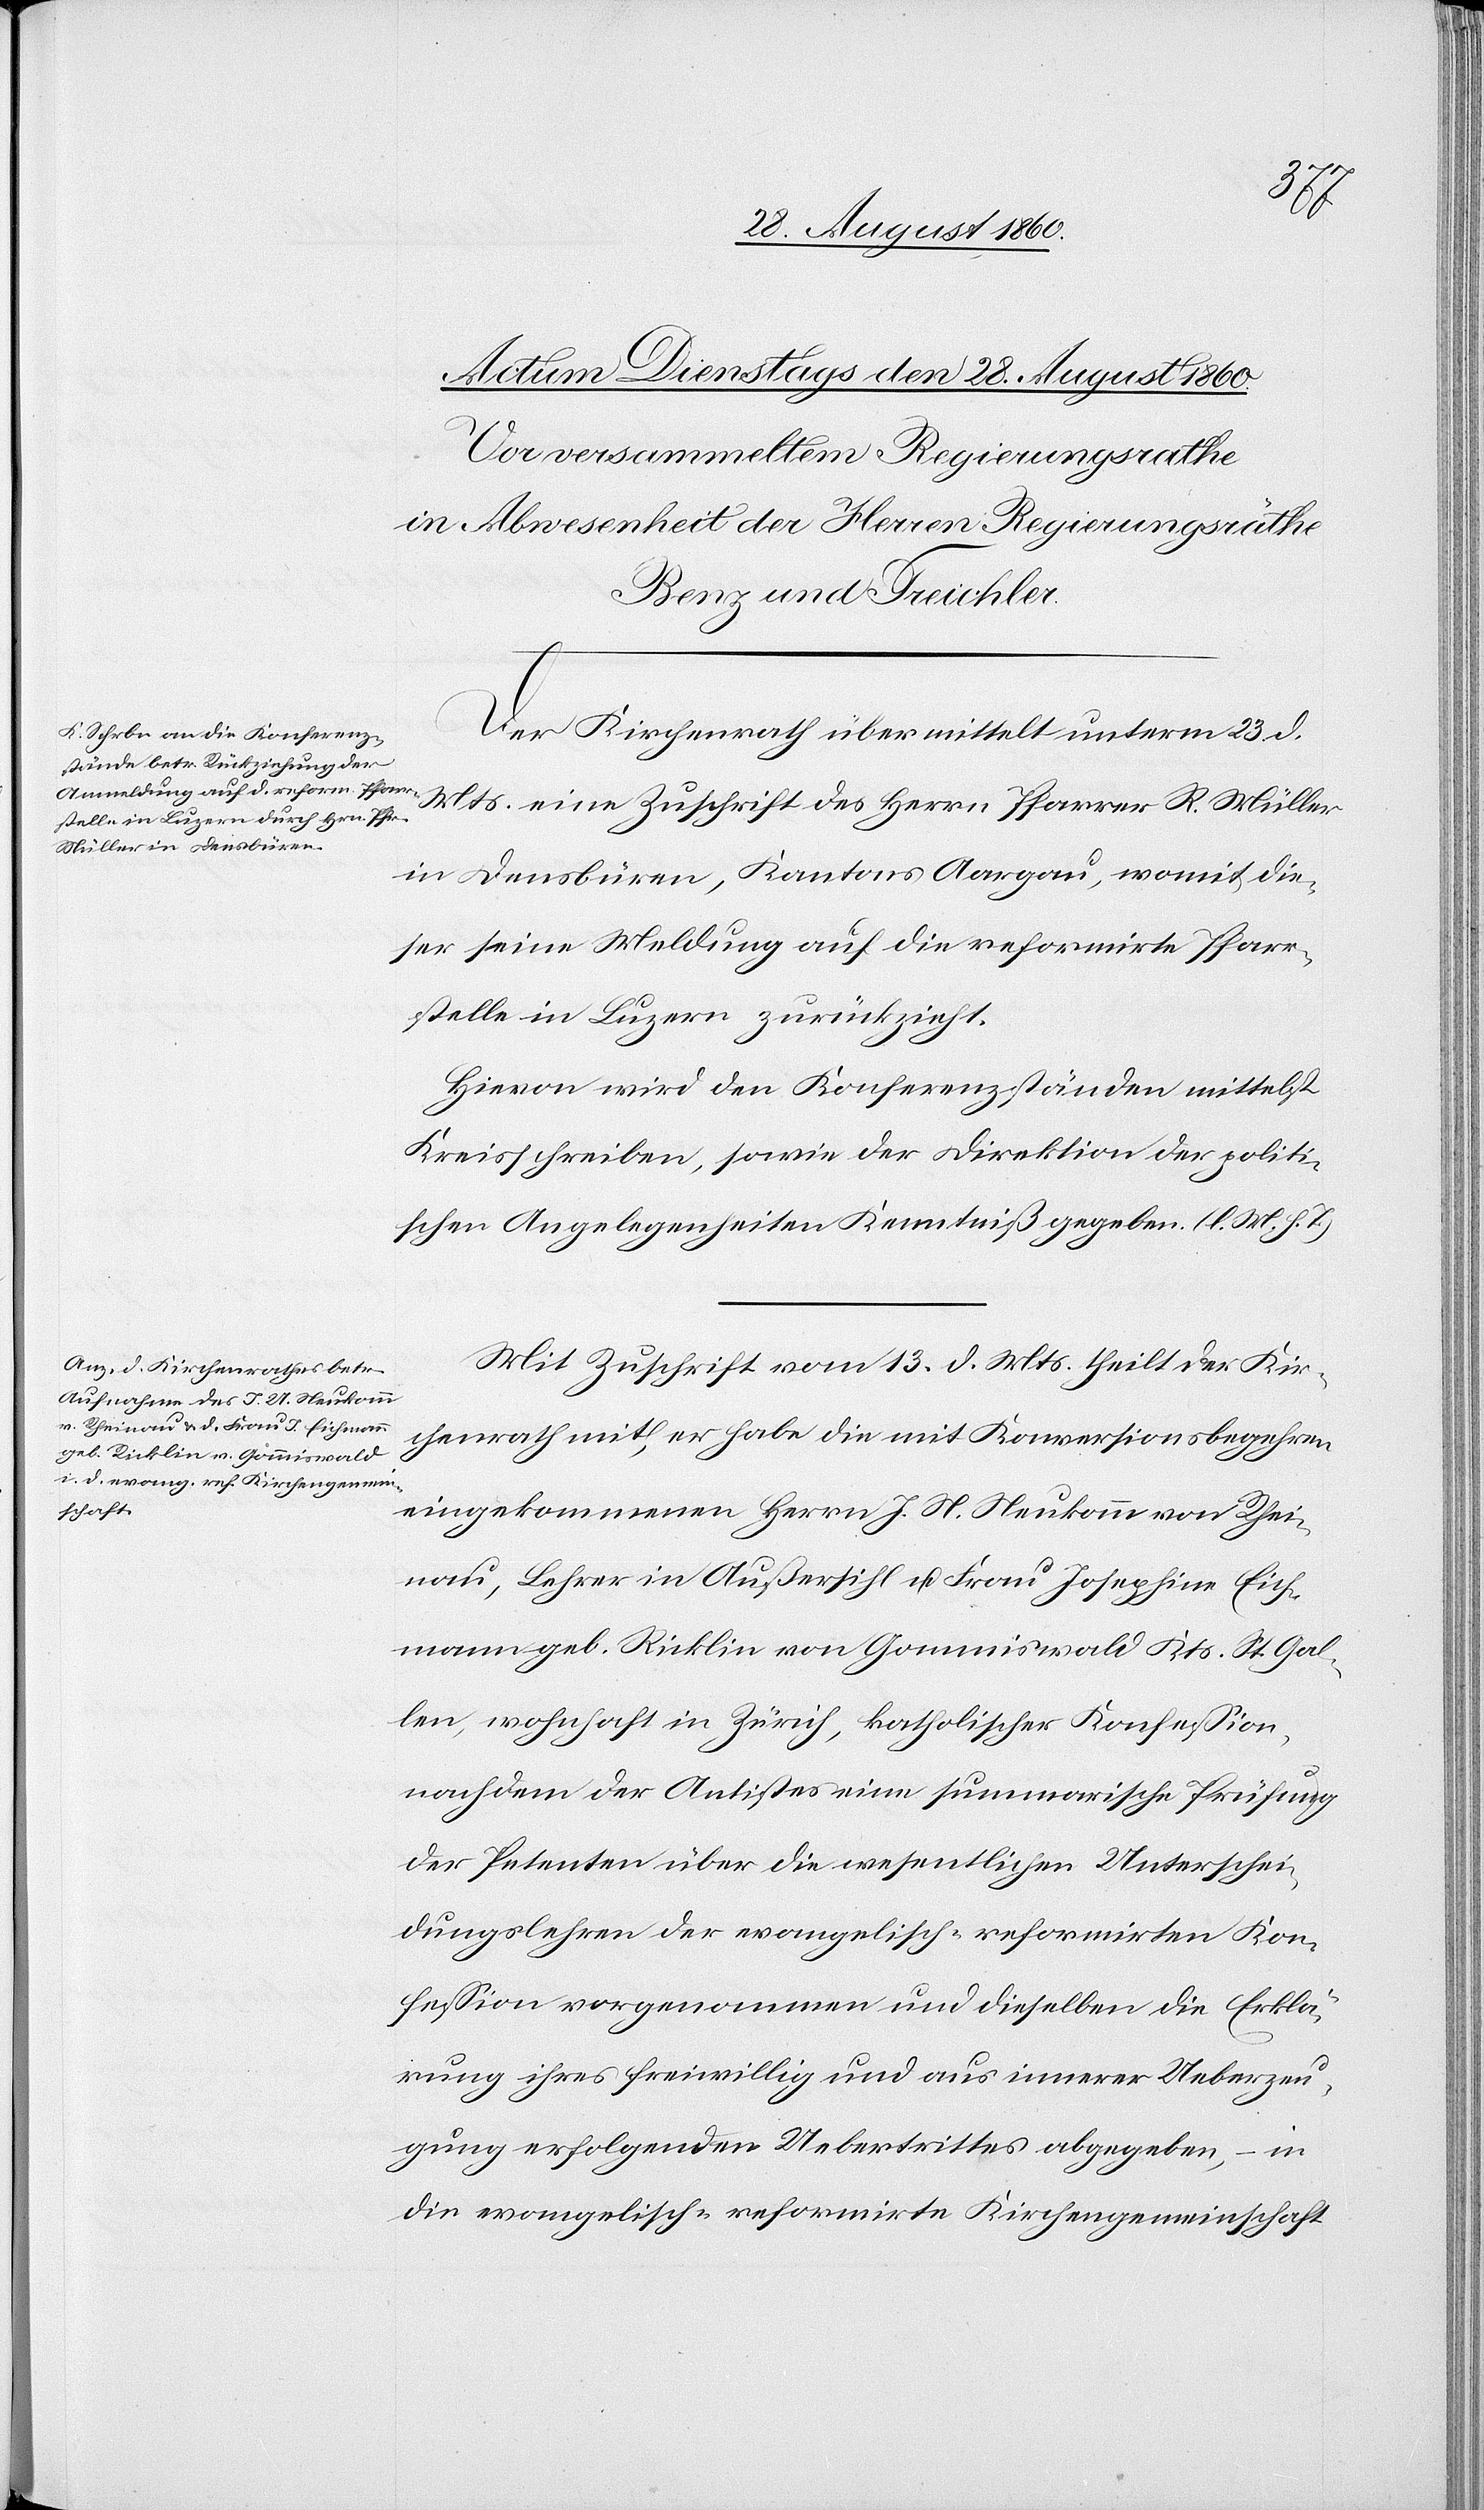
Der Kirchenrath übermittelt unterm 23. d.
Mts. eine Zuschrift des Herrn Pfarrer R. Müller
in Densbüren, Kantons Aargau, womit die¬
ser seine Meldung auf die reformirte Pfarr¬
stelle in Luzern zurückzieht.
Hievon wird den Conferenzständen mittelst
Kreisschreiben, sowie der Direktion der politi¬
schen Angelegenheiten Kenntniss gegeben. (l. M. h. T.)
Mit Zuschrift vom 13. d. Mts. theilt der Kir¬
chenrath mit, er habe die mit Konversionsbegehren
eingekommenen Herrn J. N. Neukomm von Rhei¬
nau, Lehrer in Aussersihl und Frau Josephina Eich¬
mann geb. Ricklin von Gommiswald, Kantons St. Gal¬
len, wohnhaft in Zürich, katholischer Konfession,
nachdem der Antistes eine summarische Prüfung
der Petenten über die wesentlichen Unterschei¬
dungslehren der evangelisch-reformirten Kon¬
fession vorgenommen und dieselben die Erklä¬
rung ihres freiwillig u. aus innerer Ueberzeu¬
gung erfolgenden Uebertrittes abgegeben, in
die evangelisch-reformirte Kirchengemeinschaft